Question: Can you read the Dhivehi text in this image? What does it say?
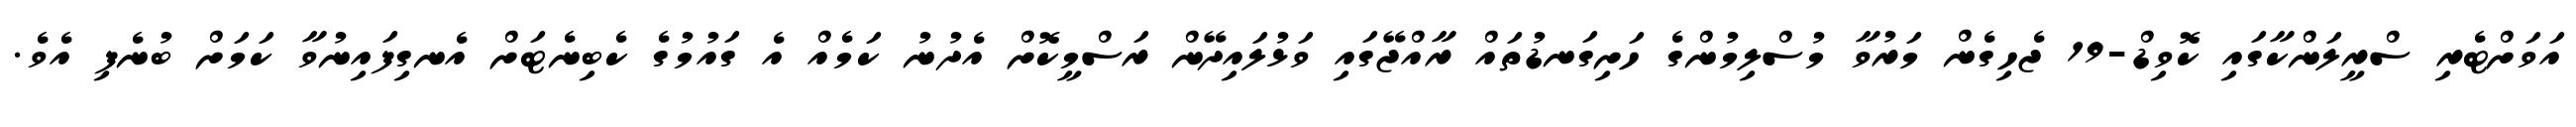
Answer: އަވަށްޓެރި ސްރީލަންކާގައި ކޮވިޑް-19 ޖެހިގެން މަރުވާ މުސްލިމުންގެ ހަށިގަނޑުތައް ރާއްޖޭގައި ވަޅުލައިދޭން ރަސްމީކޮށް އެދުނު ކަމެއް އެ ގައުމުގެ ކެބިނެޓަށް އެނގިފައިނުވާ ކަމަށް ބުނެފި އެވެ.